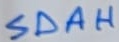
Text: SDAH